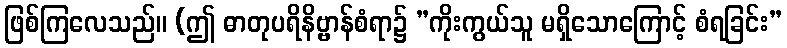
ဖြစ်ကြလေသည်။ (ဤ ဓာတုပရိနိဗ္ဗာန်စံရာ၌ ”ကိုးကွယ်သူ မရှိသောကြောင့် စံရခြင်း”